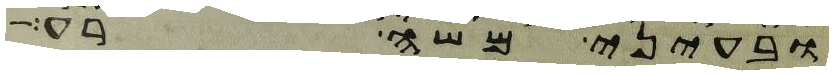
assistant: ובעיני משה רע